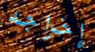
إخراجه